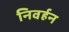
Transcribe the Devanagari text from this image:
निवर्हन